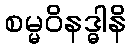
စမ္မဝိနဒ္ဓါနိ